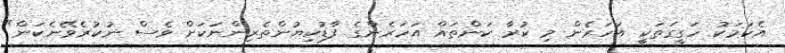
އެކަމަކު ހަގީގަތަކީ އަހަރެން މި ކުރާ ކަންތައް އަހަރެންގެ ފާޑުކިޔުންތެރިންނަކަށް ވެސް ނުކުރެވޭނެކަން"